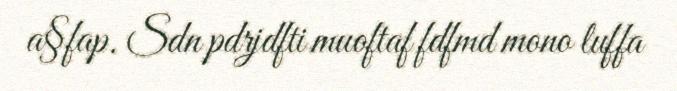
a§fap. Sdn pdrjdfti muoftaf fdfmd mono luffa